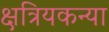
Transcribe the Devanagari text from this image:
क्षत्रियकन्या